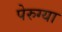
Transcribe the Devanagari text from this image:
पेरुग्या